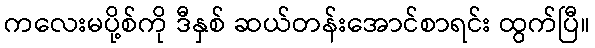
ကလေးမပို့စ်ကို ဒီနှစ် ဆယ်တန်းအောင်စာရင်း ထွက်ပြီ။